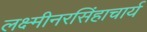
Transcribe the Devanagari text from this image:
लक्ष्मीनरसिंहाचार्य